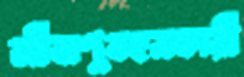
জীবাণুবহনকারী